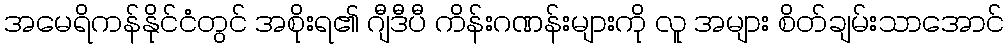
အမေရိကန်နိုင်ငံတွင် အစိုးရ၏ ဂျီဒီပီ ကိန်းဂဏန်းများကို လူ အများ စိတ်ချမ်းသာအောင်